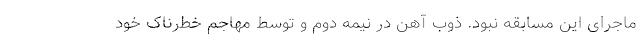
ماجرای این مسابقه نبود. ذوب آهن در نیمه دوم و توسط مهاجم خطرناک خود